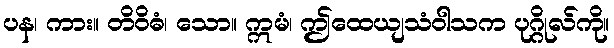
ပန၊ ကား။ တိဝိဓံ၊ သော။ ဣမံ၊ ဤထေယျသံဝါသက ပုဂ္ဂိုလ်ကို။